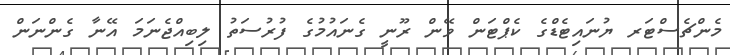
މެންޗެސްޓަރ ޔުނައިޓެޑްގެ ކެޕްޓަން ވޭން ރޫނީ ގެނައުމުގެ ފުރުސަތު ލިބިއްޖެނަމަ އޭނާ ގެންނަން